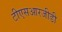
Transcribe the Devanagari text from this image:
टीएसआरजीडी